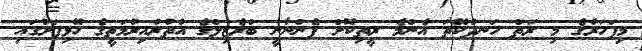
މިފަހަރުގެ މި ރަތް ހަނދުކޭތަ އެންމެ ރީތިކޮށް ފެންނާނީ ބްރެޒިލްގެ އުތުރުއިރުމަތީގެ ހޭޅިފަށުގައި